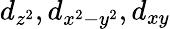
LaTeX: d_{z^{2}},d_{x^{2}-y^{2}},d_{xy}